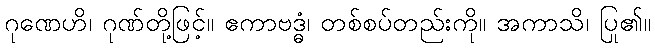
ဂုဏေဟိ၊ ဂုဏ်တို့ဖြင့်။ ဧကာဗဒ္ဓံ၊ တစ်စပ်တည်းကို။ အကာသိ၊ ပြု၏။